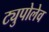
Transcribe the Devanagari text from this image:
ट्युपोलेव